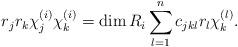
LaTeX: \begin{align*}r_j r_k \chi_j^{(i)} \chi_k^{(i)} = \dim R_i \sum\limits_{l=1}^nc_{jkl} r_l \chi_k^{(l)}.\end{align*}